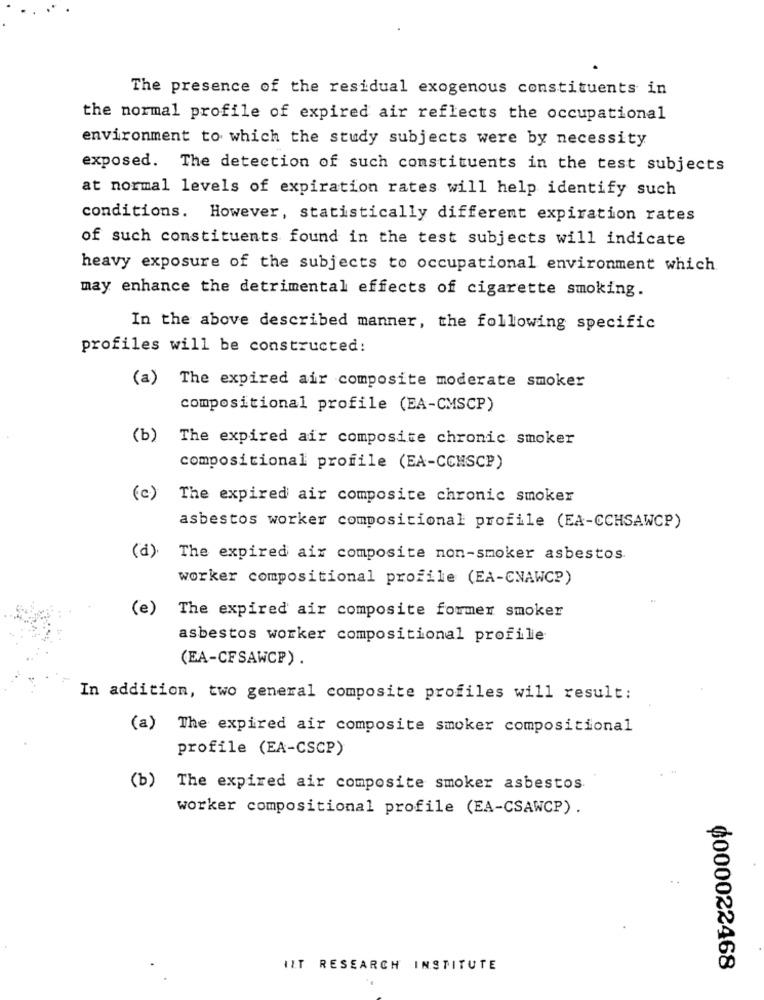
The presence of the residual exogenous constituents in
the normal profile of expired air reflects the occupational
environment to which the study subjects were by necessity
exposed. The detection of such constituents in the test subjects
at normal levels of expiration rates will help identify such
conditions. However, statistically different expiration rates
of such constituents found in the test subjects will indicate
heavy exposure of the subjects to occupational environment which
may enhance the detrimental effects of cigarette smoking.
In the above described manner, the following specific
profiles will be constructed:
(a) The expired air composite moderate smoker
compositional profile (EA-CMSCP)
(b)
The expired air composite chronic smoker
compositional profile (EA-CCHSCP)
(c)
The expired air composite chronic smoker
asbestos worker compositional profile (EA-CCHSAWCP)
(d).
The expired air composite non-smoker asbestos
worker compositional profile (EA-CNAWCP)
(e)
The expired air composite former smoker
asbestos worker compositional profile
(EA-CFSAWCP).
In addition, two general composite profiles will result:
(a) The expired air composite smoker compositional
profile (EA-CSCP)
(b)
The expired air composite smoker asbestos
worker compositional profile (EA-CSAWCP).
..
ILT RESEARCH INSTITUTE
0000022468